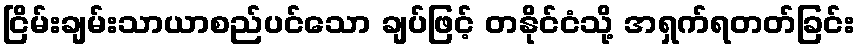
ငြိမ်းချမ်းသာယာစည်ပင်သော ချပ်ဖြင့် တနိုင်ငံသို့ အရှက်ရတတ်ခြင်း